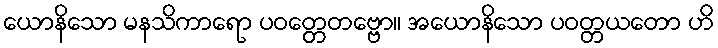
ယောနိသော မနသိကာရော ပဝတ္တေတဗ္ဗော။ အယောနိသော ပဝတ္တယတော ဟိ